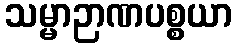
သမ္မာဉာဏပစ္စယာ